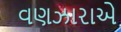
વણઝારાએ